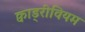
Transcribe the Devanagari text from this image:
क्वाड्रीवियम